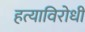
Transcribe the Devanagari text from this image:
हत्याविरोधी